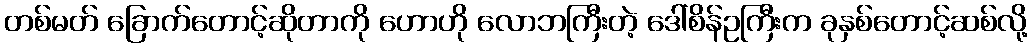
တစ်မတ် ခြောက်တောင့်ဆိုတာကို ဟောဟို လောဘကြီးတဲ့ ဒေါ်စိန်ဥကြီးက ခုနှစ်တောင့်ဆစ်လို့